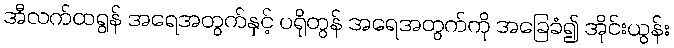
အီလက်ထရွန် အရေအတွက်နှင့် ပရိုတွန် အရေအတွက်ကို အခြေခံ၍ အိုင်းယွန်း